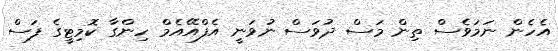
އެހެން ނަމަވެސް ތިން މަސް ދުވަސް ނުވަނީ އެފްއޭއެމް ހިންގާ ކޮމިޓީގެ ފަސް